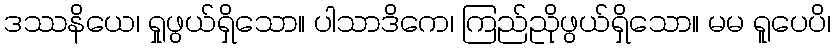
ဒဿနိယေ၊ ရှုဖွယ်ရှိသော။ ပါသာဒိကေ၊ ကြည်ညိုဖွယ်ရှိသော။ မမ ရူပေပိ၊